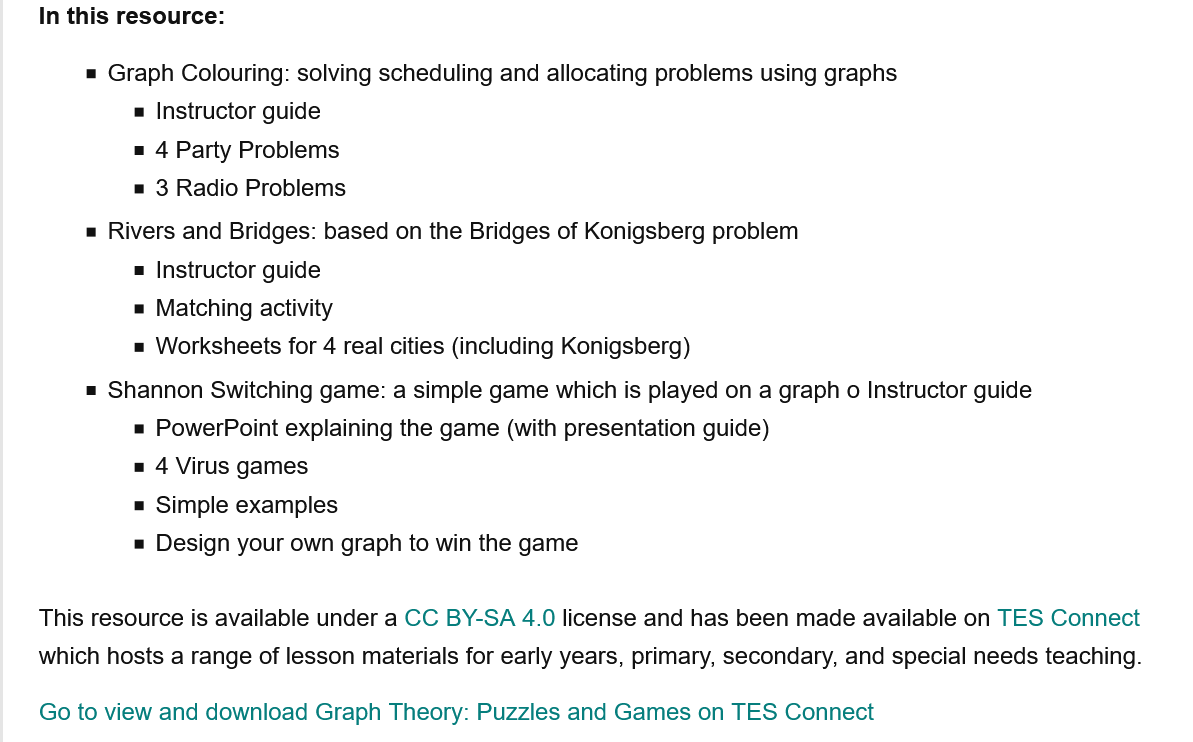
= Graph Colouring: solving scheduling and allocating problems using graphs
     = Instructor guide
     = 4 Party Problems
     = 3 Radio Problems
     = Shannon Switching game: a simple game which is played on a graph o Instructor guide
     = Rivers and Bridges: based on the Bridges of Konigsberg problem
     = Instructor guide
     = Matching activity
     = Worksheets for 4 real cities (including Konigsberg)
     PowerPoint explaining the game (with presentation guide)
     4 Virus games
     Simple examples
     Design your own graph to win the game
    Go to view and download Graph Theory: Puzzles and Games on TES Connect
    This resource is available under a CC BY-SA 4.0 license and has been made available on TES Connect
    which hosts a range of lesson materials for early years, primary, secondary, and special needs teaching.
    In this resource: